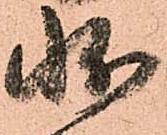
状